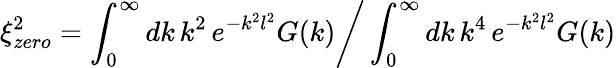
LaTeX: \xi_{zero}^{2}=\int_{0}^{\infty}dk\, k^{2}\, e^{-k^{2}l^{2}}G(k)\bigg/\int_{0}^{\infty}dk\, k^{4}\, e^{-k^{2}l^{2}}G(k)